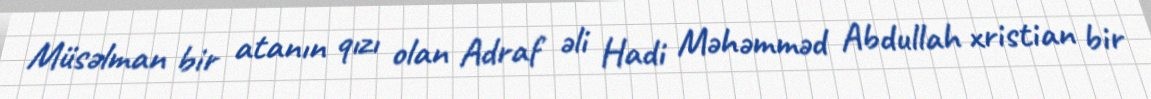
Müsəlman bir atanın qızı olan Adraf əli Hadi Məhəmməd Abdullah xristian bir